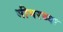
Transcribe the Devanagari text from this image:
भीमरथ्या